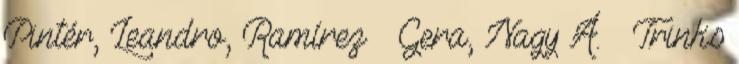
Pintér, Leandro, Ramírez – Gera, Nagy Á. – Trinks